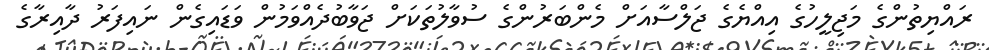
ރައްޔިތުންގެ މަޖިލީހުގެ އިއްޔެގެ ޖަލްސާއަށް މެންބަރުންގެ ސުވާލުތަކަށް ޖަވާބުދެއްވަމުން ވަޑައިގެން ނައިފަރު ދާއިރާގެ